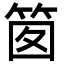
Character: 䇱